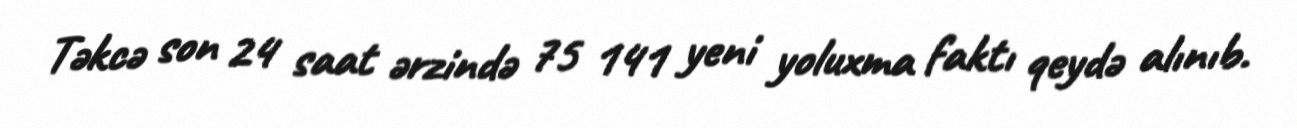
Təkcə son 24 saat ərzində 75 141 yeni yoluxma faktı qeydə alınıb.